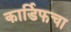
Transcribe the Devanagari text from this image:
कार्डिफचा